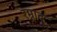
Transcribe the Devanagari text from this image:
रम्नाद